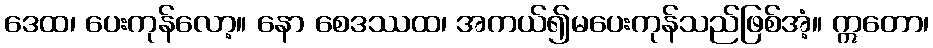
ဒေထ၊ ပေးကုန်လော့။ နော စေဒဿထ၊ အကယ်၍မပေးကုန်သည်ဖြစ်အံ့။ ဣတော၊